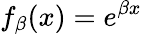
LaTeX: f_{\beta}(x)=e^{\beta x}